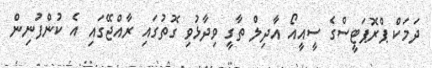
ދަމަކް ޕްރޮޕަޓީސްގެ ސީއީއޯ އާދިލް ތާގީ ވިދާޅުވި ގޮތުގައި ރާއްޖޭގައި އެ ކުންފުނިން